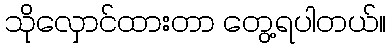
သိုလှောင်ထားတာ တွေ့ရပါတယ်။